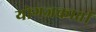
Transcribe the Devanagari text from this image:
योगजकार्ता